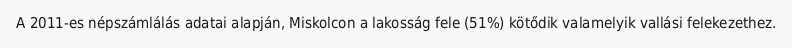
A 2011-es népszámlálás adatai alapján, Miskolcon a lakosság fele (51%) kötődik valamelyik vallási felekezethez.